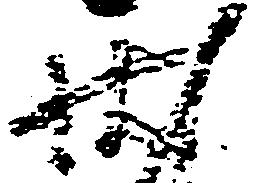
状